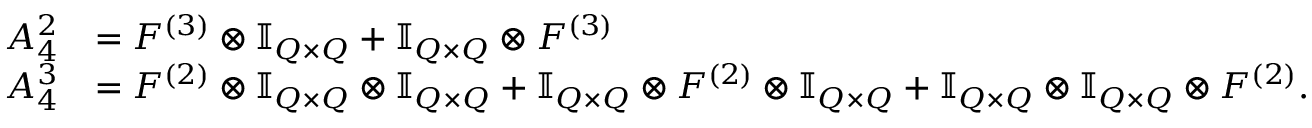
\begin{array} { r l } { A _ { 4 } ^ { 2 } } & { = F ^ { ( 3 ) } \otimes \ensuremath { \mathbb { I } _ { Q \times Q } } + \ensuremath { \mathbb { I } _ { Q \times Q } } \otimes F ^ { ( 3 ) } } \\ { A _ { 4 } ^ { 3 } } & { = F ^ { ( 2 ) } \otimes \ensuremath { \mathbb { I } _ { Q \times Q } } \otimes \ensuremath { \mathbb { I } _ { Q \times Q } } + \ensuremath { \mathbb { I } _ { Q \times Q } } \otimes F ^ { ( 2 ) } \otimes \ensuremath { \mathbb { I } _ { Q \times Q } } + \ensuremath { \mathbb { I } _ { Q \times Q } } \otimes \ensuremath { \mathbb { I } _ { Q \times Q } } \otimes F ^ { ( 2 ) } . } \end{array}